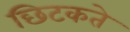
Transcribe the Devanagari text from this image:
छिटकते